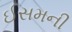
ઈસમની